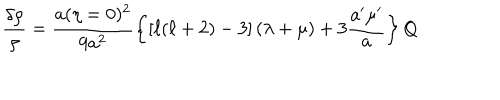
\frac { \delta \rho } { \rho } = \frac { a ( \eta = 0 ) ^ { 2 } } { 9 a ^ { 2 } } \left\{ \left[ \ell ( \ell + 2 ) - 3 \right] \left( \lambda + \mu \right) + 3 \frac { a ^ { \prime } \mu ^ { \prime } } { a } \right\} Q